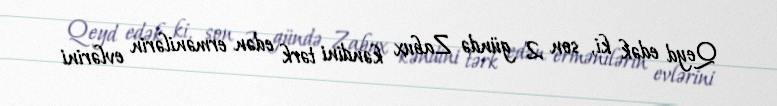
Qeyd edək ki, son 2 gündə Zabux kəndini tərk edən ermənilərin evlərini